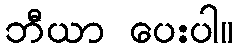
ဘီယာ ပေးပါ။